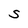
Character: S